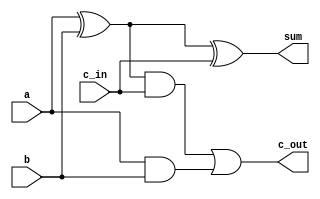
module full_adder(a, b, c_in, sum, c_out);

	input a, b, c_in;
	output sum, c_out;
	wire temp1, temp2, temp3;

	// XOR gate
	xor first_xor_gate(temp1, a, b);
	xor second_xor_gate(sum, temp1, c_in);
	
	// AND gate
	and upper_and_gate(temp2, temp1, c_in);
	and lower_and_gate(temp3, a, b);
	
	// OR gate
	or or_gate(c_out, temp2, temp3);
	
endmodule